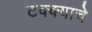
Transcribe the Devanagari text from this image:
टक्क्याचे